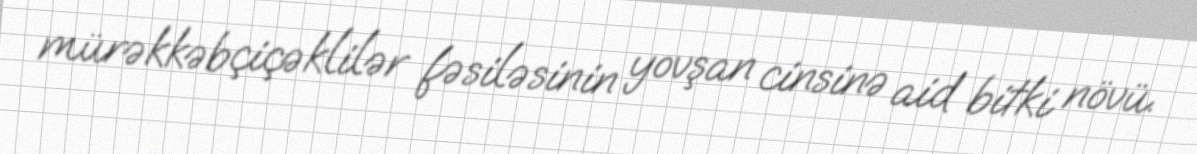
mürəkkəbçiçəklilər fəsiləsinin yovşan cinsinə aid bitki növü.